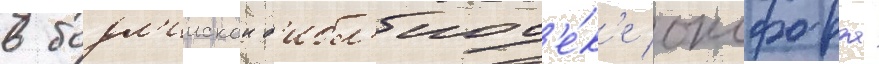
в бодл'иискои б'ибл'иот'е́к'е оксфорда